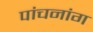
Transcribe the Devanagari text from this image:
पांचनांग